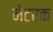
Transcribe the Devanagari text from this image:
मेटरक